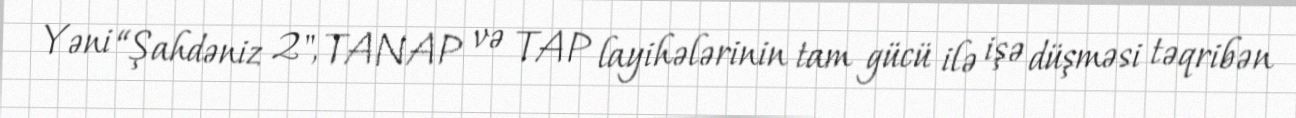
Yəni “Şahdəniz 2", TANAP və TAP layihələrinin tam gücü ilə işə düşməsi təqribən